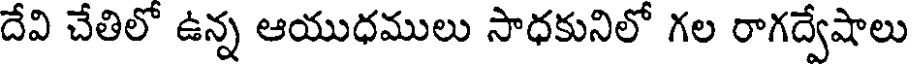
దేవి చేతిలో ఉన్న ఆయుధములు సాధకునిలో గల రాగద్వేషాలు